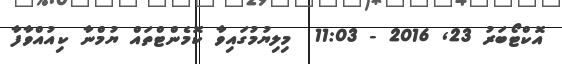
އޮކްޓޯބަރު 23